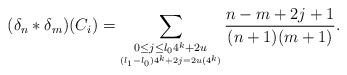
LaTeX: \begin{align*} (\delta_n*\delta_m)(C_i)= \sum_{\underset{(l_1-l_0) 4^k+2j= 2u ( 4^k)}{0 \leq j \leq l_0 4^k+2u}} \frac{n-m+2j+1}{(n+1)(m+1)}. \end{align*}